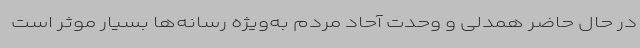
در حال حاضر همدلی و وحدت آحاد مردم به‌ویژه رسانه‌ها بسیار موثر است